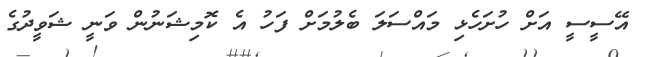
އޭސީސީ އަށް ހުށަހެޅި މައްސަލަ ބެލުމަށް ފަހު އެ ކޮމިޝަނުން ވަނީ ޝަވީދުގެ